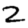
Digit: 2